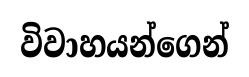
විවාහයන්ගෙන්